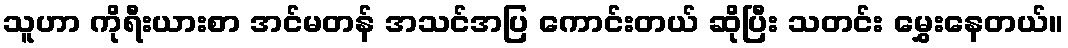
သူဟာ ကိုရီးယားစာ အင်မတန် အသင်အပြ ကောင်းတယ် ဆိုပြီး သတင်း မွှေးနေတယ်။